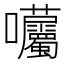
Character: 𡆜